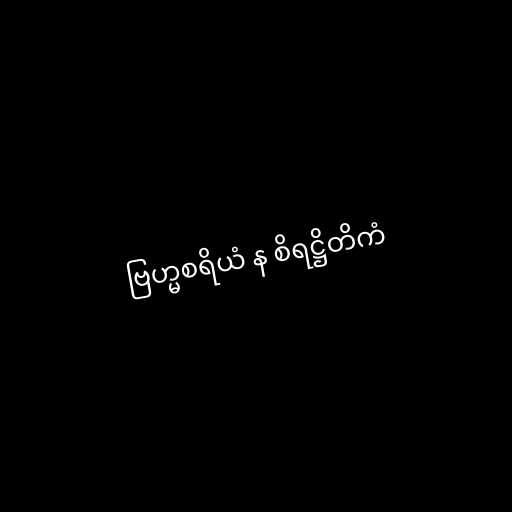
ဗြဟ္မစရိယံ န စိရဋ္ဌိတိကံ